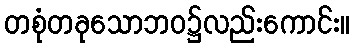
တစုံတခုသောဘဝ၌လည်းကောင်း။